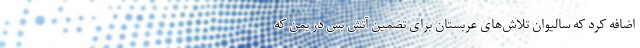
اضافه کرد که سالیوان تلاش‌های عربستان برای تضمین آتش بس در یمن که